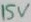
Text: 15V